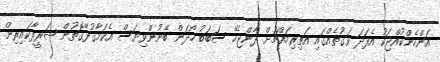
އަންހެންކުއްޖަކު އެފަދަ ވަގުތެއްގައި އަތިރިމައްޗަށް ދާންޖެހޭ ސަބަބު ހޯދަން ބޭނުންވިޔަސް އެކަމާގުޅޭގޮތުން ޝަރީފާކައިރިން